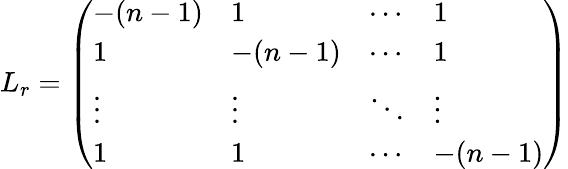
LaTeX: L_{r}=\left(\begin{array}{llll}{-(n-1)}&{1}&{\cdots}&{1}\\ {1}&{-(n-1)}&{\cdots}&{1}\\ {\vdots}&{\vdots}&{\ddots}&{\vdots}\\ {1}&{1}&{\cdots}&{-(n-1)}\end{array}\right)